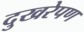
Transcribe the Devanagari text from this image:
दुखरेपण